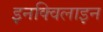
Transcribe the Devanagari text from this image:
इनक्विलाइन